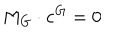
M _ { G } \cdot \mathbf { c } ^ { G } = 0